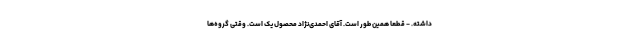
داشته. - قطعا همین طور است. آقای احمدی‌نژاد محصول یک است. وقتی گروه‌ها